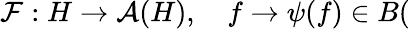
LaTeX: \mathcal{F}:H\rightarrow\mathcal{A}(H),\quad f\rightarrow\psi(f)\in B(